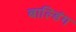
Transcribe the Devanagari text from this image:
बाल्डिंग